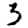
Digit: 3